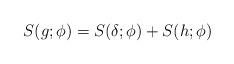
LaTeX: \begin{align*} S(g; \phi) = S(\delta; \phi) + S(h; \phi)\end{align*}